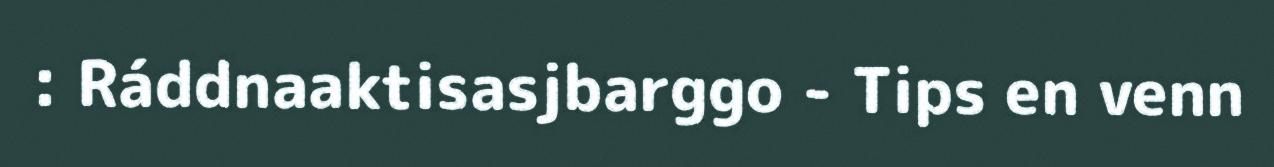
: Ráddnaaktisasjbarggo - Tips en venn